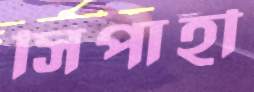
সিপাহী